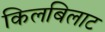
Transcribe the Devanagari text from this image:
किलबिलाट